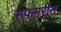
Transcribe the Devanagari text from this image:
सफमरीन